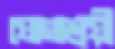
যোগাশ্রয়ী